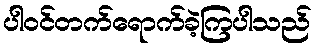
ပါဝင်တက်ရောက်ခဲ့ကြပါသည်